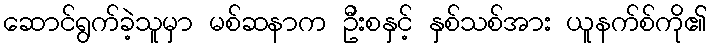
ဆောင်ရွက်ခဲ့သူမှာ မစ်ဆနာက ဦးစနှင့် နှစ်သစ်အား ယူနက်စ်ကို၏